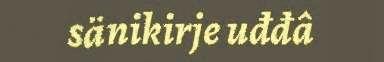
sänikirje uđđâ